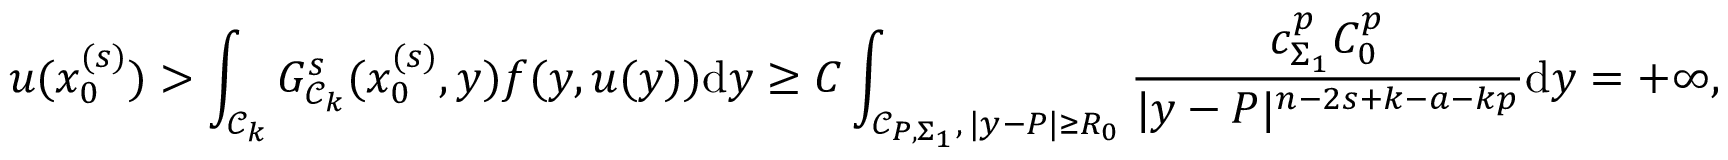
u ( x _ { 0 } ^ { ( s ) } ) > \int _ { \mathcal { C } _ { k } } G _ { \mathcal { C } _ { k } } ^ { s } ( x _ { 0 } ^ { ( s ) } , y ) f ( y , u ( y ) ) \mathrm { d } y \geq C \int _ { \mathcal { C } _ { P , \Sigma _ { 1 } } , \, | y - P | \geq R _ { 0 } } \frac { c _ { \Sigma _ { 1 } } ^ { p } C _ { 0 } ^ { p } } { | y - P | ^ { n - 2 s + k - a - k p } } \mathrm { d } y = + \infty ,